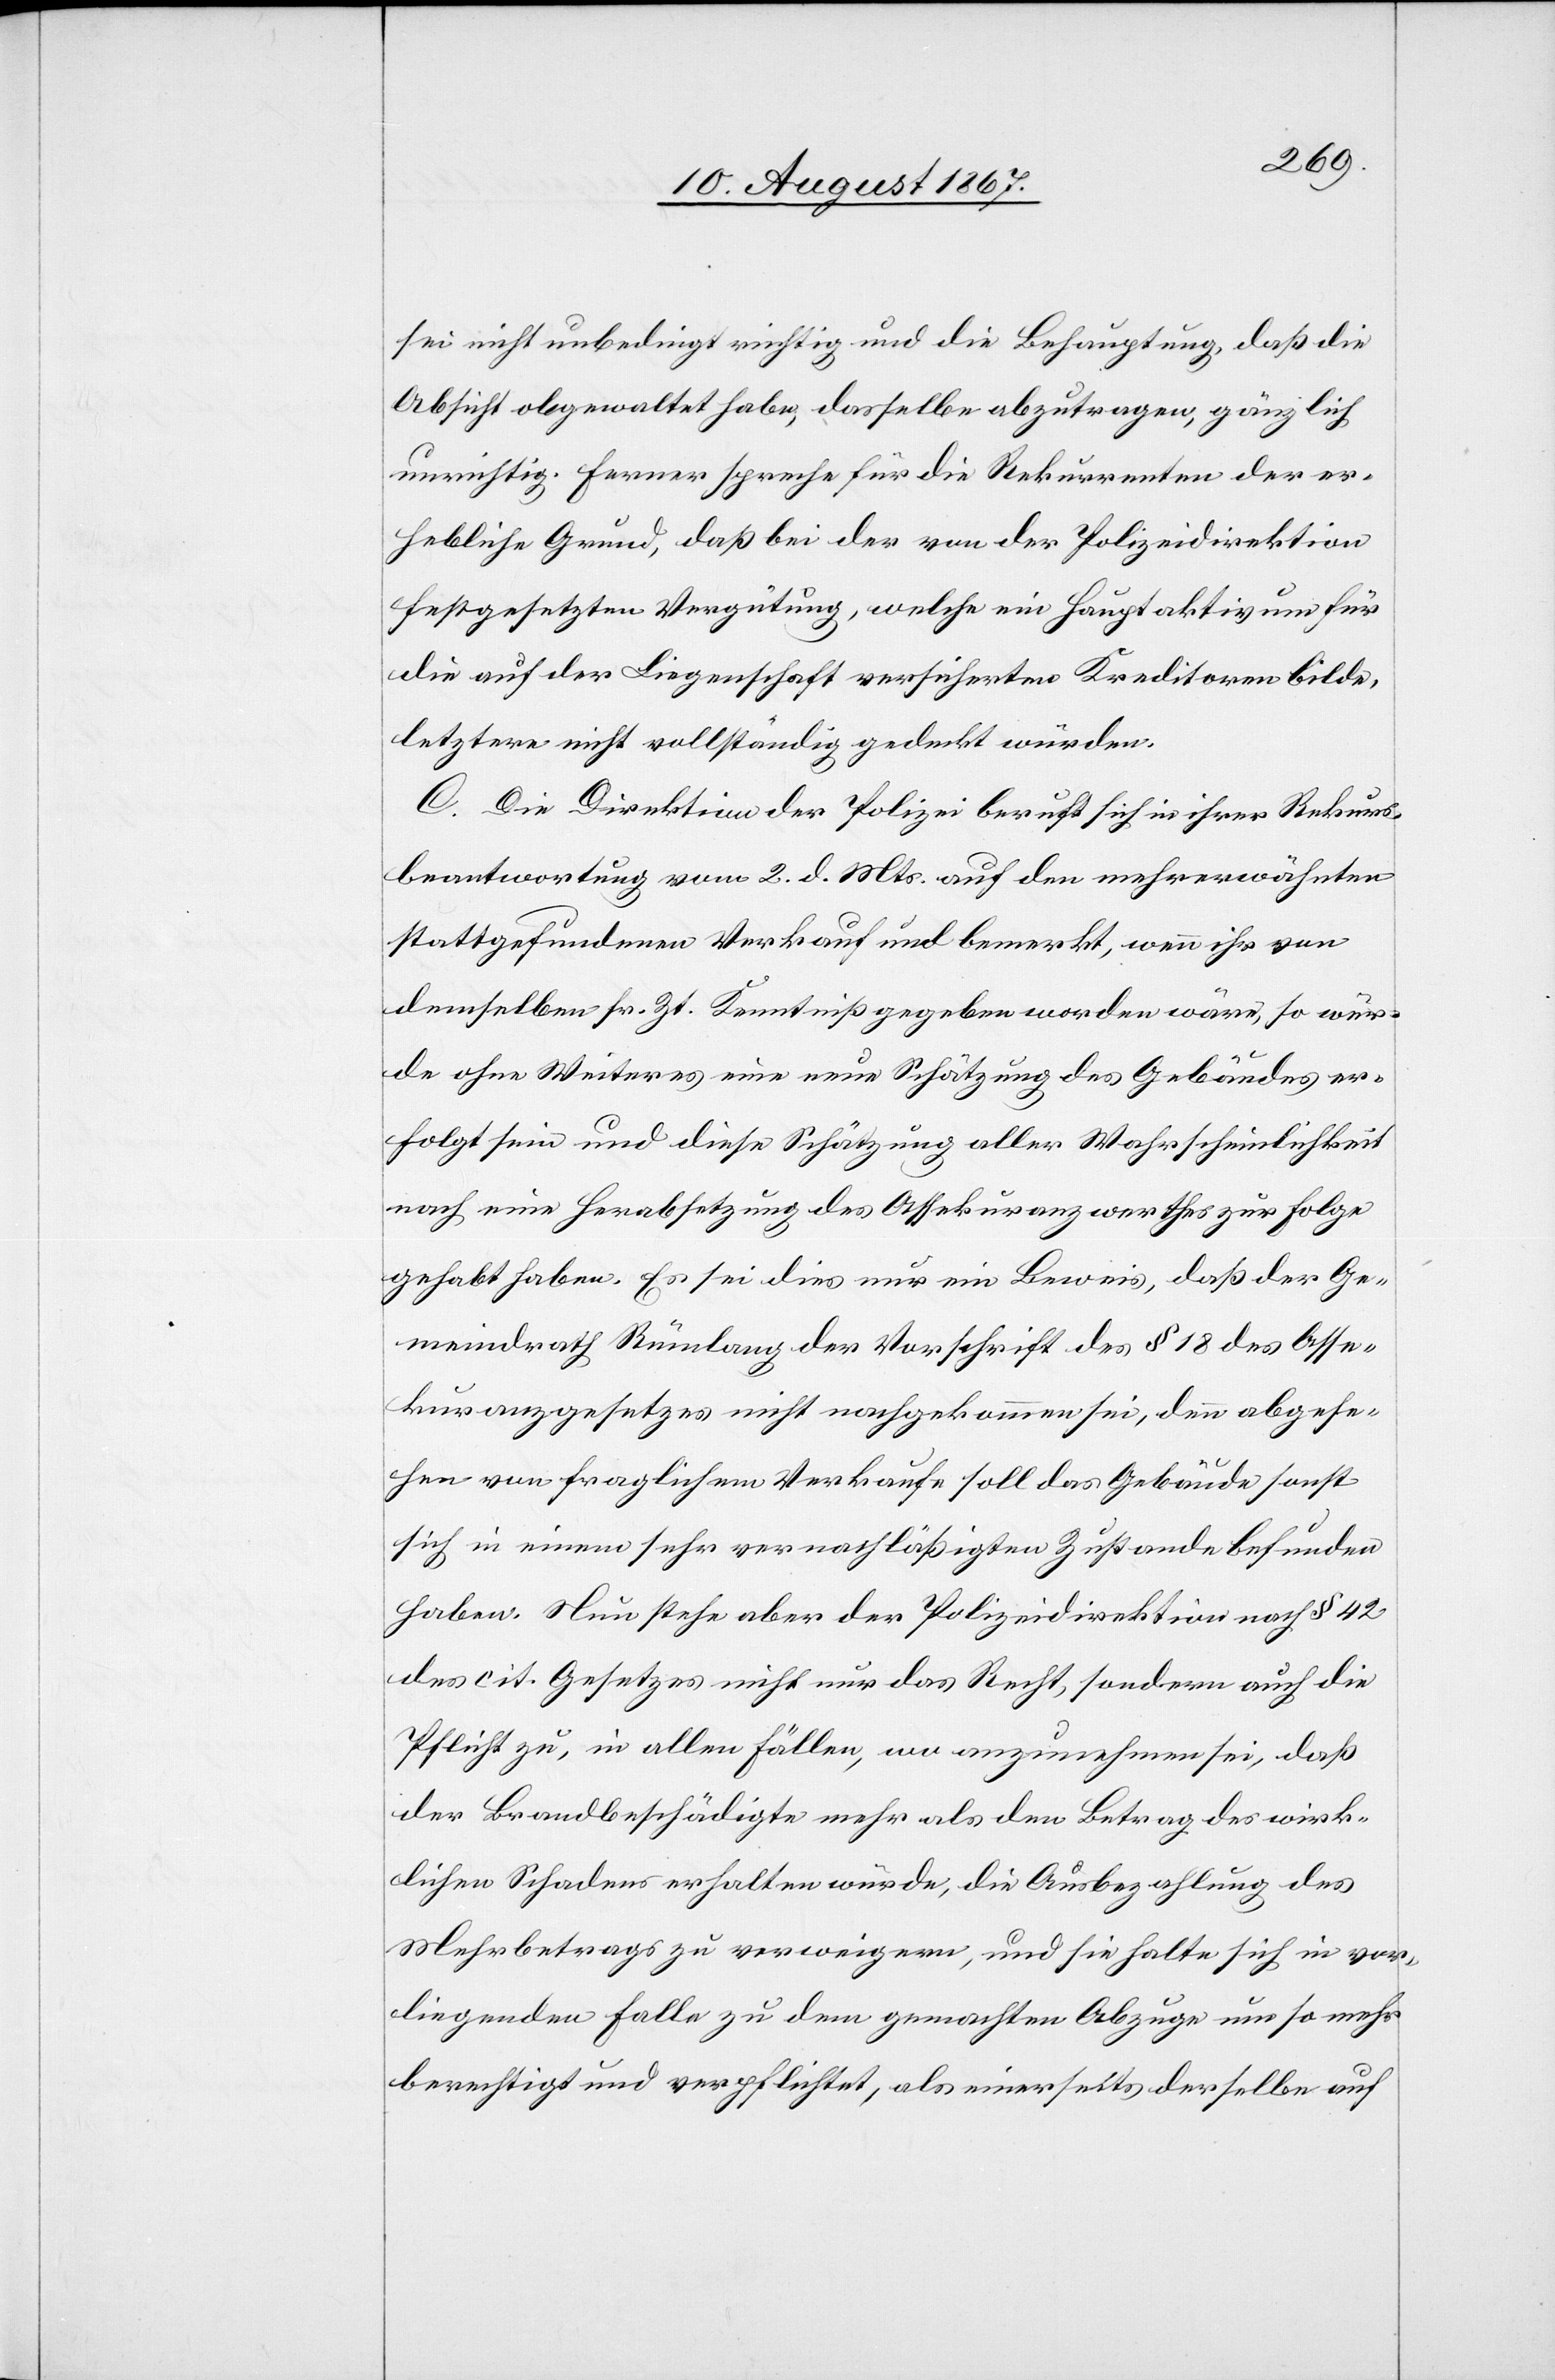
sei nicht unbedingt richtig und die Behauptung, daß die
Absicht obgewaltet habe, dasselbe abzutragen, gänzlich
unrichtig. Ferner spreche für die Rekurrenten der er¬
hebliche Grund, daß bei der von der Polizeidirektion
festgesetzten Vergütung, welche ein Hauptaktivum für
die auf der Liegenschaft versicherten Kreditoren bilde,
letztere nicht vollständig gedeckt würden.
C. Die Direktion der Polizei beruft sich in ihrer Rekurs¬
beantwortung vom 2. d. Mts. auf den mehrerwähnten
stattgefundenen Verkauf und bemerkt, wenn ihr von
demselben sr. Zt. Kenntniß gegeben worden wäre, so wür¬
de ohne Weiteres eine neue Schätzung des Gebäudes er¬
folgt sein und diese Schätzung aller Wahrscheinlichkeit
nach eine Herabsetzung des Assekuranzwerthes zur Folge
gehabt haben. Es sei dies nur ein Beweis, daß der Ge¬
meindrath Rümlang der Vorschrift des § 18 des Asse¬
kuranzgesetzes nicht nachgekommen sei, denn abgese¬
hen von fraglichem Verkaufe soll das Gebäude sonst
sich in einem sehr vernachläßigten Zustande befunden
haben. Nun stehe aber der Polizeidirektion nach § 42
des cit. Gesetzes nicht nur das Recht, sondern auch die
Pflicht zu, in allen Fällen, wo anzunehmen sei, daß
der Brandbeschädigte mehr als den Betrag des wirk¬
lichen Schadens erhalten würde, die Ausbezahlung des
Mehrbetrages zu verweigern, und sie halte sich im vor¬
liegenden Falle zu dem gemachten Abzuge um so mehr
berechtigt und verpflichtet, als einerseits derselbe auf